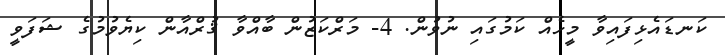
ކަނޑައެޅިފައިވާ މީހެއް ކަމުގައި ނުވުން. 4- މަރްކަޒުން ބާއްވާ ޤުރްއާން ކިޔެވުމުގެ ޝަފަވީ